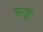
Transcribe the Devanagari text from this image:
मगुड्म